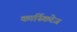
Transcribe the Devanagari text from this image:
कार्स्किरेज